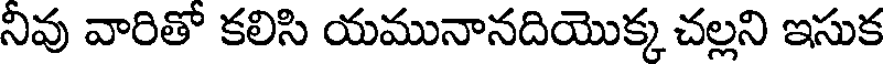
నీవు వారితో కలిసి యమునానదియొక్క చల్లని ఇసుక